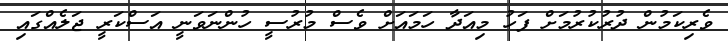
ވެރިކަމުން ދުރުކުރުމަށް ފަހު މިއަދާ ހަމައަށް ވެސް މުރުސީ ހުންނަވަނީ އަސްކަރީ ޖަލެއްގައި